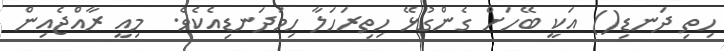
ހިތި ދަނޑި() އަކީ ބޭހަށް ގެންގުޅޭ ހިތިރަހަލާ ހިމަދަނޑިއެކެވެ.  މިއީ ރާއްޖެއިން